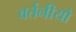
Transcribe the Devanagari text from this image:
वर्तनीयो